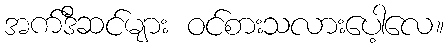
အက်ဒီဆင်များ ဝင်စားသလားပေါ့လေ။